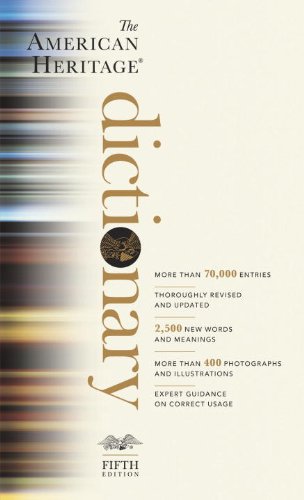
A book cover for The American Heritage Dictionary: Fifth Edition; Houghton Mifflin Company; Reference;